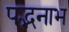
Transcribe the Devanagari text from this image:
पद्भनाभ